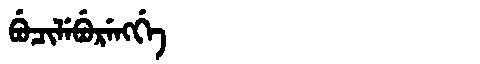
Manchu: ᠪᡠᠴᡳᠯᡝᠪᡠᡵᡝᠩᡤᡝ
Romanization: BUCILEBURENGGE